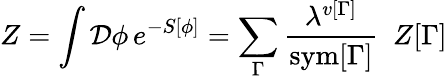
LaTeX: Z=\int{\cal D}\phi\, e^{-S[\phi]}=\sum_{\Gamma}{\frac{\lambda^{v[\Gamma]}}{\mathrm{sym}[\Gamma]}}\ \ Z[\Gamma]